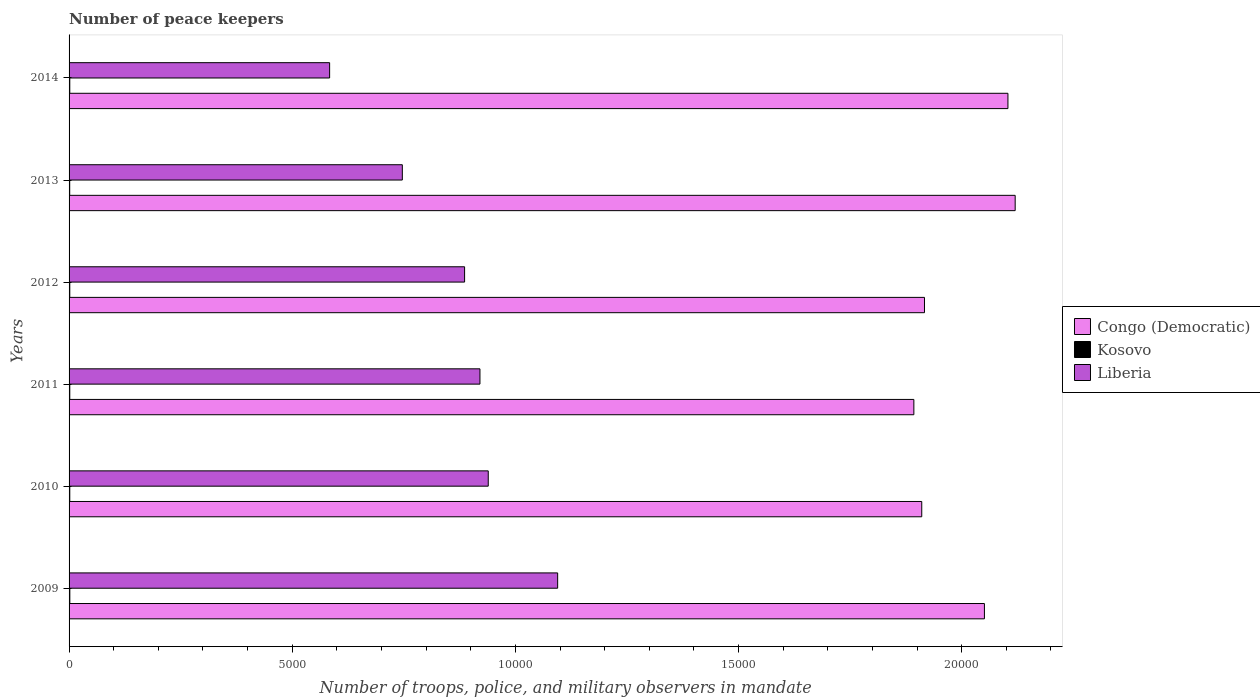
| Years | Congo (Democratic) | Kosovo | Liberia |
 | --- | --- | --- | --- |
 | 2009 | 2.05e+04 | 17 | 1.09e+04 |
 | 2010 | 1.91e+04 | 16 | 9.39e+03 |
 | 2011 | 1.89e+04 | 16 | 9.21e+03 |
 | 2012 | 1.92e+04 | 16 | 8.86e+03 |
 | 2013 | 2.12e+04 | 14 | 7.47e+03 |
 | 2014 | 2.1e+04 | 16 | 5.84e+03 |